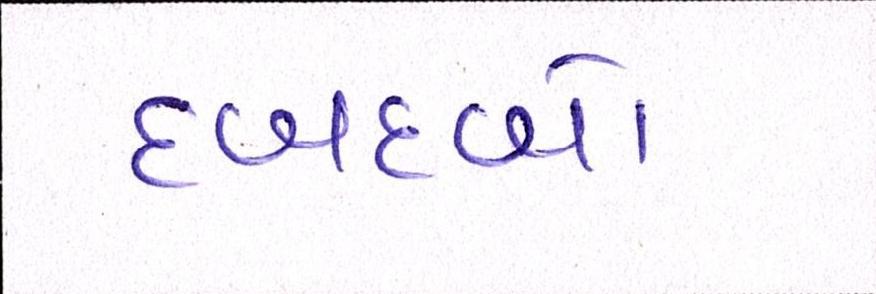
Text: દબદબો